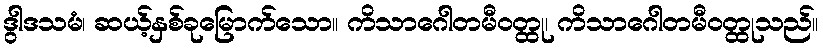
ဒွါဒသမံ၊ ဆယ့်နှစ်ခုမြောက်သော။ ကိသာဂေါတမီဝတ္ထု၊ ကိသာဂေါတမီဝတ္ထုသည်။